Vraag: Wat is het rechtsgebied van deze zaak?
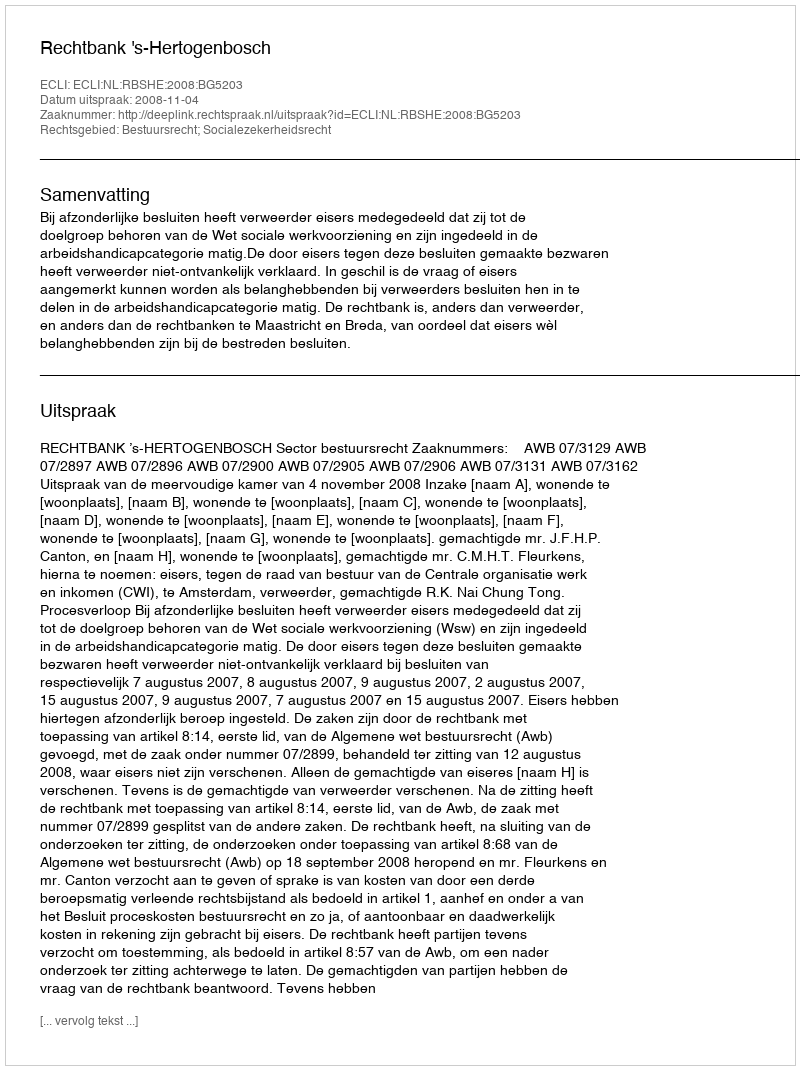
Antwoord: Bestuursrecht; Socialezekerheidsrecht